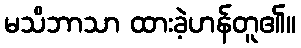
မသိဘာသာ ထားခဲ့ဟန်တူ၏။